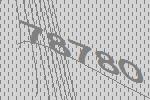
78780